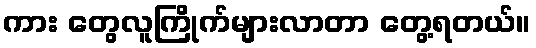
ကား တွေလူကြိုက်များလာတာ တွေ့ရတယ်။